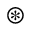
\circledast